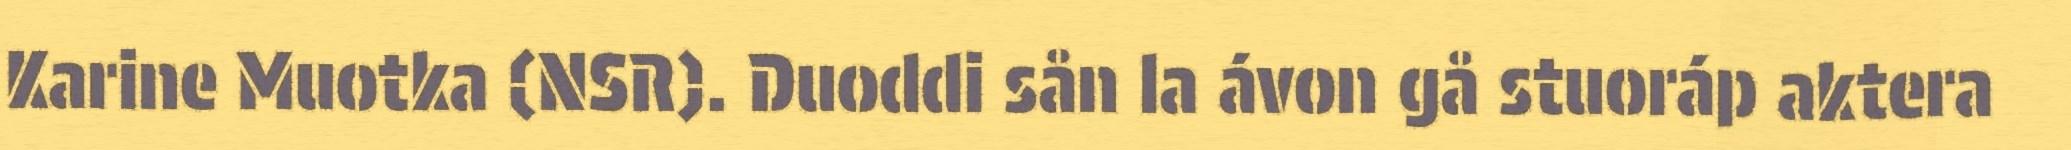
Karine Muotka (NSR). Duoddi sån la ávon gå stuoráp aktera